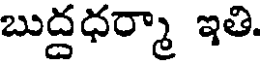
బుద్దధర్మా ఇతి.